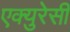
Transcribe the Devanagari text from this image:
एक्युरेसी